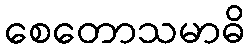
စေတောသမာဓိ